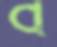
ব